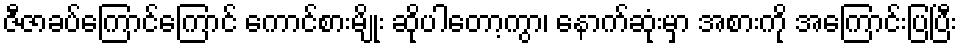
ဇီဇာခပ်ကြောင်ကြောင် ကောင်စားမျိုး ဆိုပါတော့ကွာ၊ နောက်ဆုံးမှာ အစားကို အကြောင်းပြပြီး